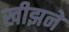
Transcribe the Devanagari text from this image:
खीझने